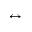
\leftrightarrow